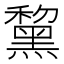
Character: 黧